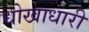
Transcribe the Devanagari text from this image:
धोखाधारी